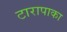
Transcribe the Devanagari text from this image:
टारापाका